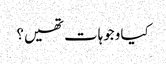
کیا وجوہات تھیں؟